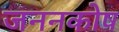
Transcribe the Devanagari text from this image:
जननकोष